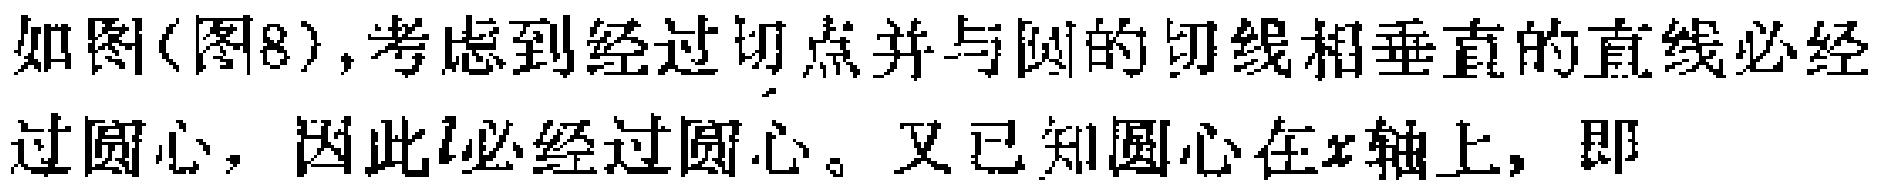
如图(图8),考虑到经过切点并与圆的切线相垂直的直线必经过圆心，因此\(l\)必经过圆心。又已知圆心在\(x\)轴上，即